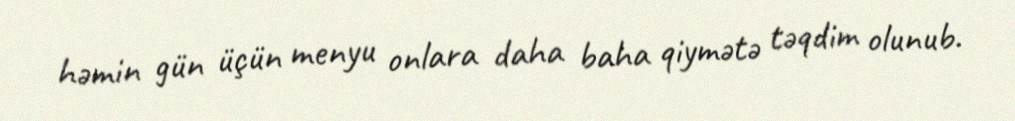
həmin gün üçün menyu onlara daha baha qiymətə təqdim olunub.